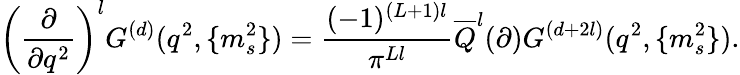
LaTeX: \left(\frac{\partial}{\partial q^{2}}\right)^{l}G^{(d)}(q^{2},\{ m_{s}^{2}\} )=\frac{(-1)^{(L+1)l}}{\pi^{Ll}}\overline{{{Q}}}^{l}(\partial)G^{(d+2l)}(q^{2},\{ m_{s}^{2}\} ).